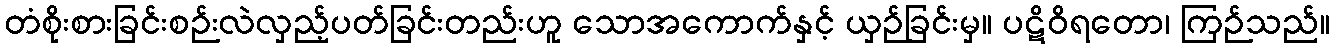
တံစိုးစားခြင်းစဉ်းလဲလှည့်ပတ်ခြင်းတည်းဟူ သောအကောက်နှင့် ယှဉ်ခြင်းမှ။ ပဋိဝိရတော၊ ကြဉ်သည်။